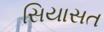
સિયાસત